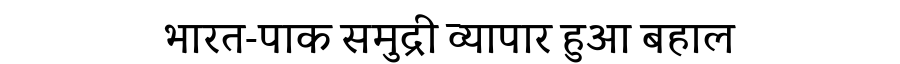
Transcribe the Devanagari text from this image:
भारत-पाक समुद्री व्यापार हुआ बहाल